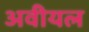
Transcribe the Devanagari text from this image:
अवीयल